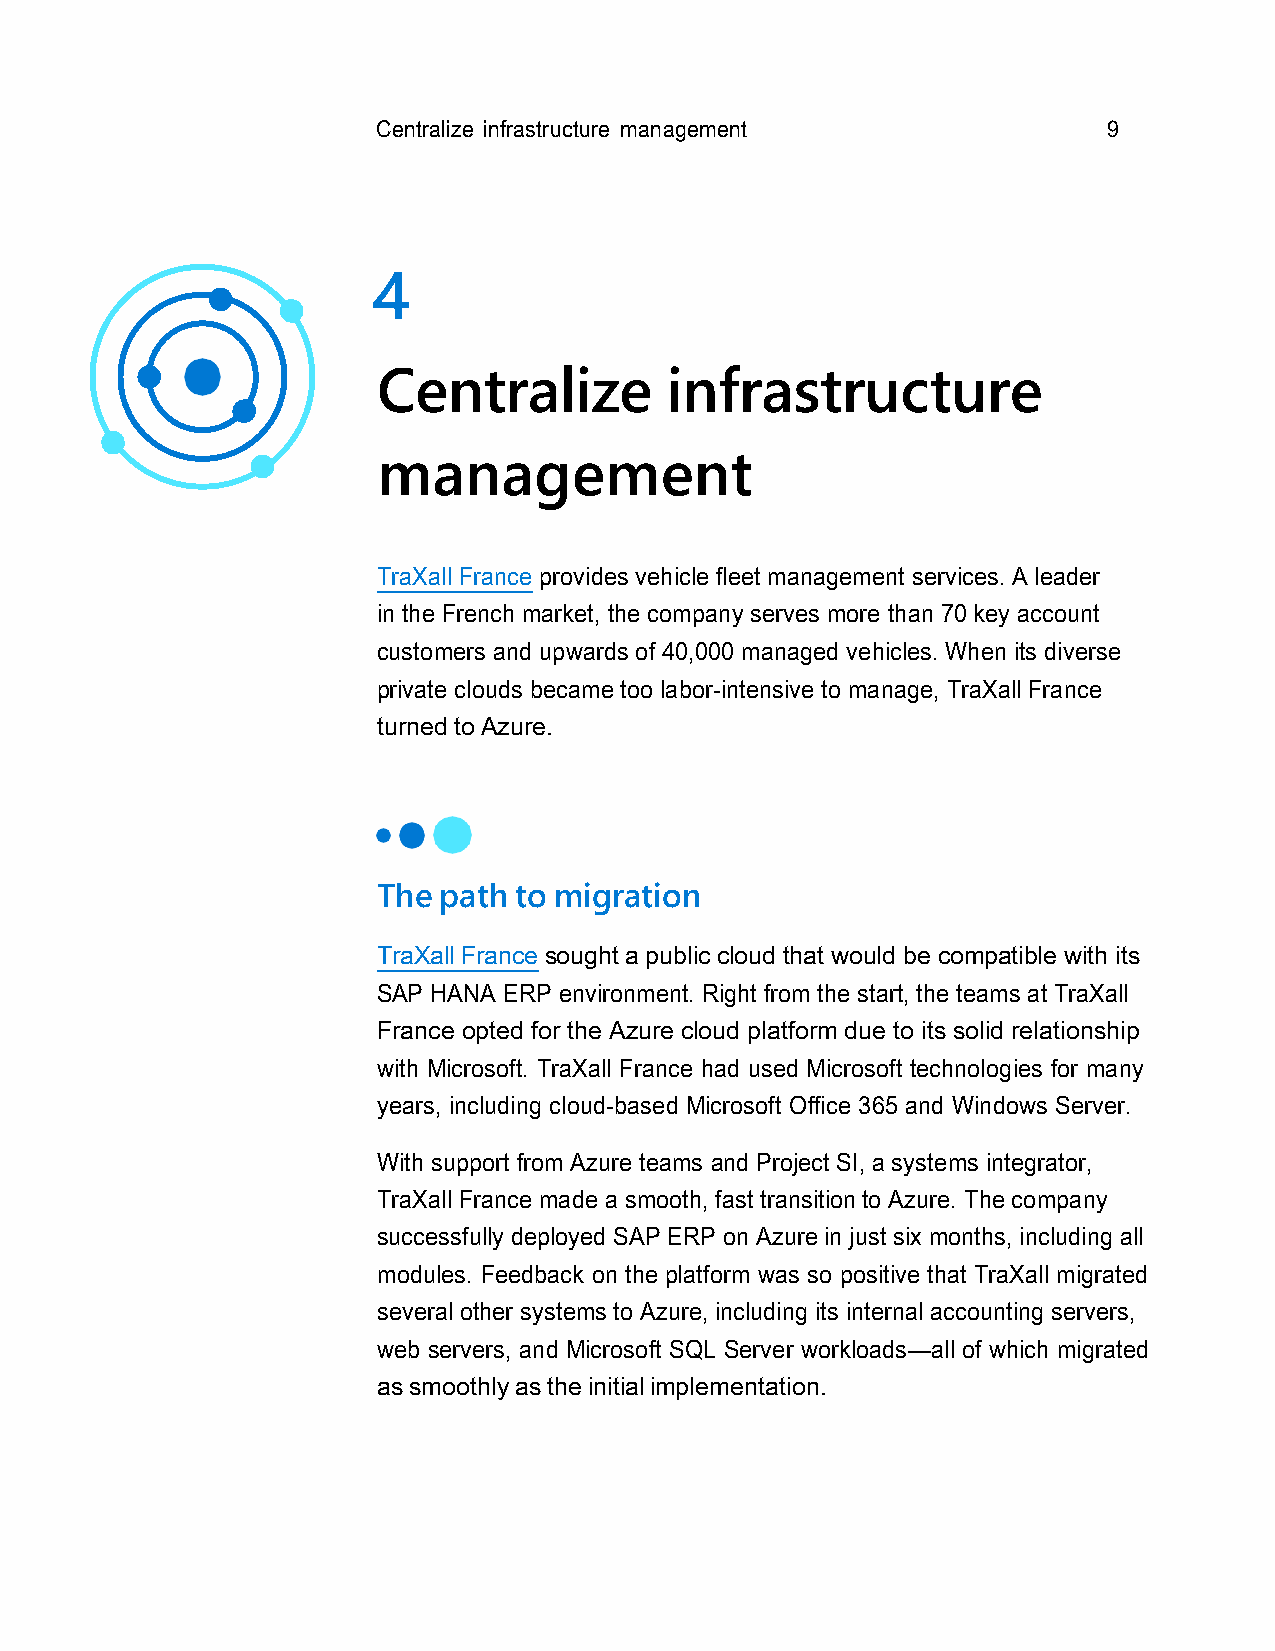
Centralize infrastructure management            9
 4
 Centralize         infrastructure
 management
 TraXall France provides vehicle fleet management services. A leader
 in the French market, the company serves more than 70 key account
 customers and upwards of 40,000 managed vehicles. When its diverse
 private clouds became too labor-intensive to manage, TraXall France
 turned to Azure.
 The path to migration
 TraXall France sought a public cloud that would be compatible with its
 SAP HANA ERP environment. Right from the start, the teams at TraXall
 France opted for the Azure cloud platform due to its solid relationship
 with Microsoft. TraXall France had used Microsoft technologies for many
 years, including cloud-based Microsoft Office 365 and Windows Server.
 With support from Azure teams and Project SI, a systems integrator,
 TraXall France made a smooth, fast transition to Azure. The company
 successfully deployed SAP ERP on Azure in just six months, including all
 modules. Feedback on the platform was so positive that TraXall migrated
 several other systems to Azure, including its internal accounting servers,
 web servers, and Microsoft SQL Server workloads—all of which migrated
 as smoothly as the initial implementation.